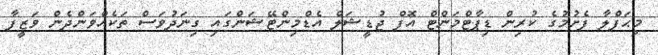
މިޙަފްލާ ފެށުމުގެ ކުރިން ޑިޕާޓްމަންޓް އޮފް ޖުޑީޝަލް އެޑްމިންޓޭޝަންގައި ގިނަދުވަސް ތަކެއްވަންދެން ވަޒީފާ